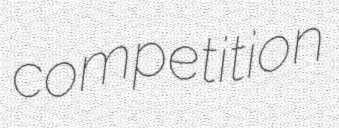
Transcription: competition